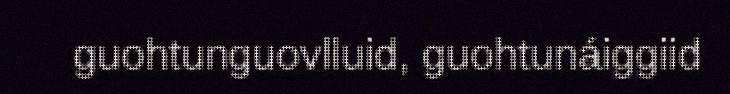
guohtunguovlluid, guohtunáiggiid